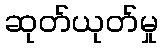
ဆုတ်ယုတ်မှု